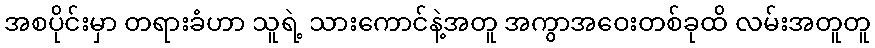
အစပိုင်းမှာ တရားခံဟာ သူရဲ့ သားကောင်နဲ့အတူ အကွာအဝေးတစ်ခုထိ လမ်းအတူတူ